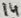
Text: 14